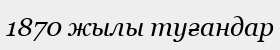
1870 жылы туғандар